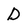
Character: D